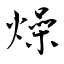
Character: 燥